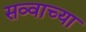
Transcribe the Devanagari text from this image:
सव्वाच्या